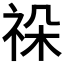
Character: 𥙨